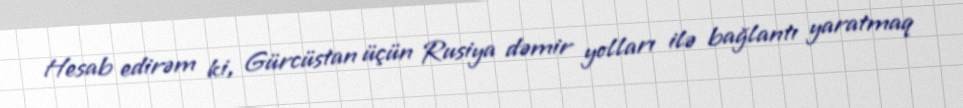
Hesab edirəm ki, Gürcüstan üçün Rusiya dəmir yolları ilə bağlantı yaratmaq